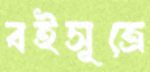
বইসূত্রে